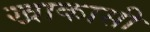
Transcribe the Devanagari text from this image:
खाकासी